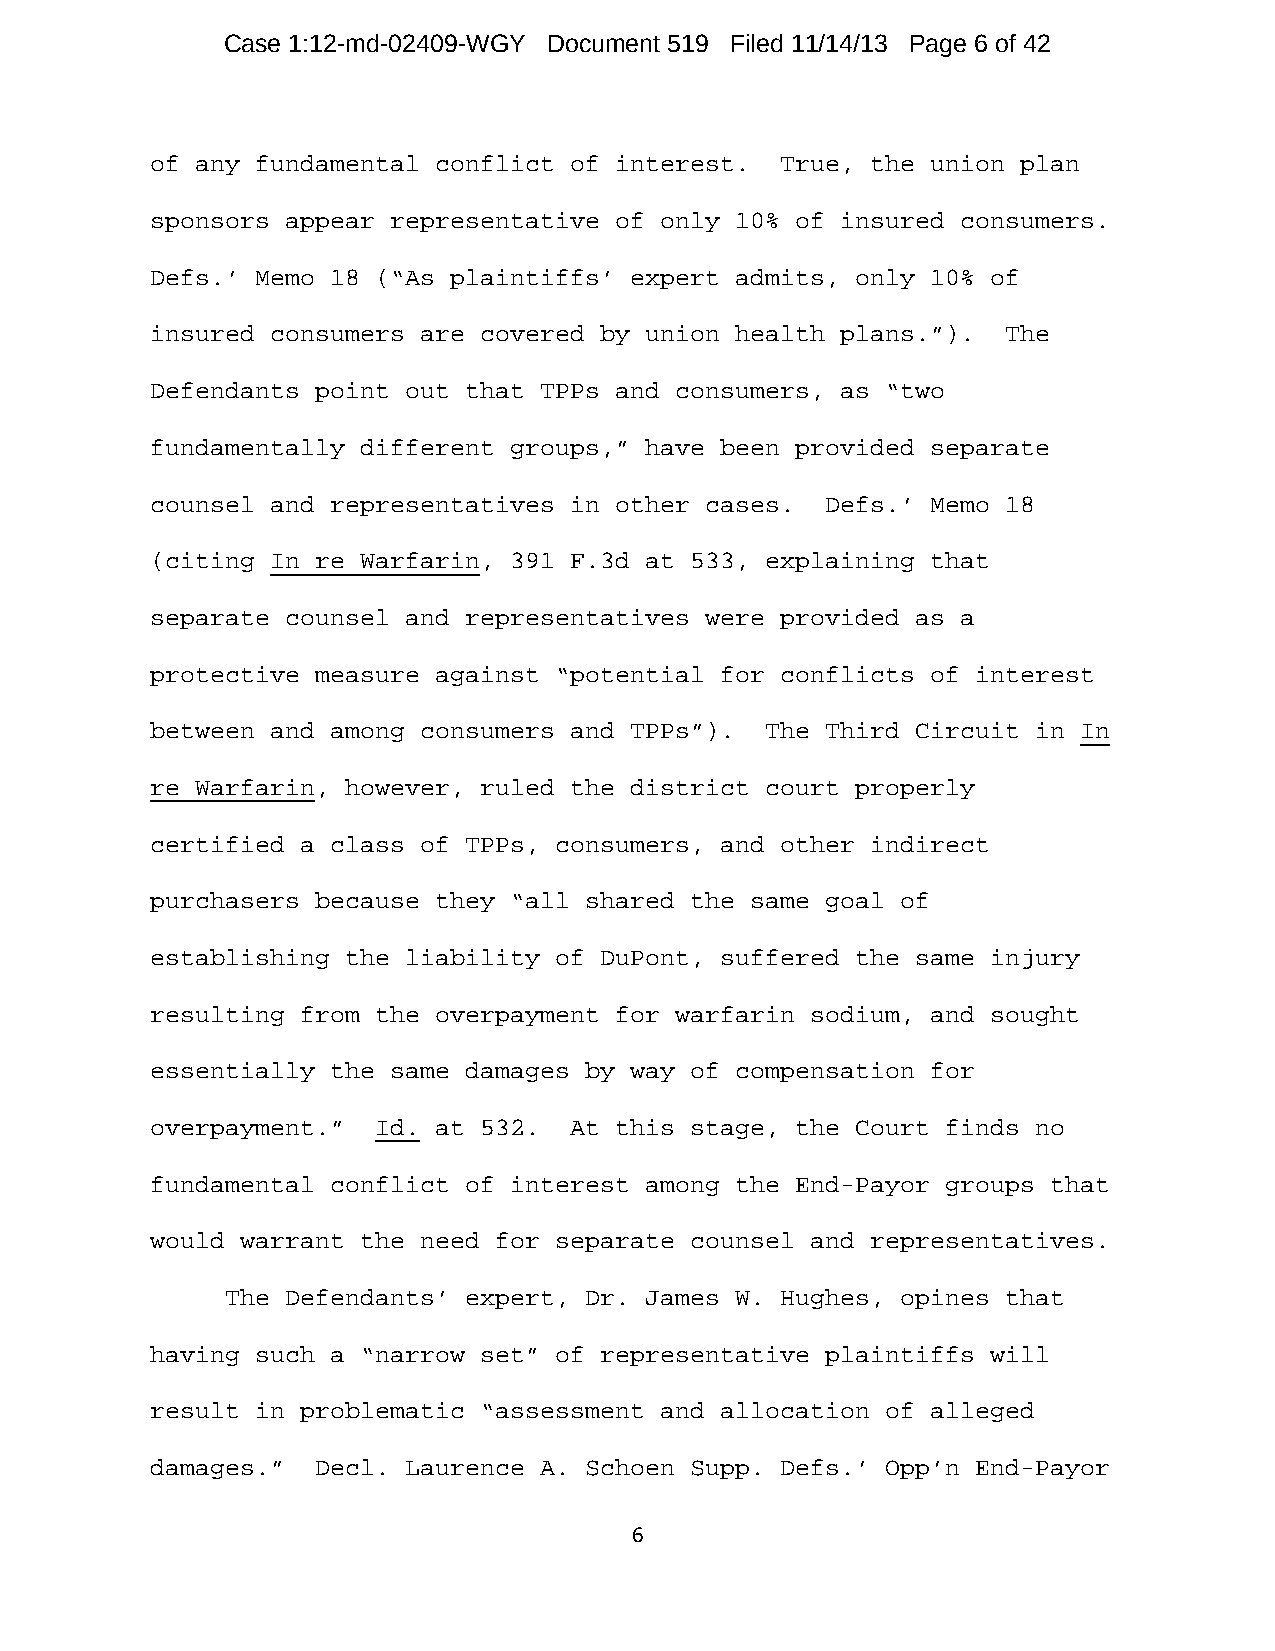
Case 1:12-md-02409-WGY Document 519 Filed 11/14/13 Page 6 of 42
 of any fundamental conflict of interest.  True, the union plan
 sponsors appear representative of only 10% of insured consumers.
 Defs.’ Memo 18 (“As plaintiffs’ expert admits, only 10% of
 insured consumers are covered by union health plans.”).  The
 Defendants point out that TPPs and consumers, as “two
 fundamentally different groups,” have been provided separate
 counsel and representatives in other cases.  Defs.’ Memo 18
 (citing In re Warfarin, 391 F.3d at 533, explaining that
 separate counsel and representatives were provided as a
 protective measure against “potential for conflicts of interest
 between and among consumers and TPPs”).  The Third Circuit in In
 re Warfarin, however, ruled the district court properly
 certified a class of TPPs, consumers, and other indirect
 purchasers because they “all shared the same goal of
 establishing the liability of DuPont, suffered the same injury
 resulting from the overpayment for warfarin sodium, and sought
 essentially the same damages by way of compensation for
 overpayment.”  Id. at 532.  At this stage, the Court finds no
 fundamental conflict of interest among the End-Payor groups that
 would warrant the need for separate counsel and representatives.
 The Defendants’ expert, Dr. James W. Hughes, opines that
 having such a “narrow set” of representative plaintiffs will
 result in problematic “assessment and allocation of alleged
 damages.”  Decl. Laurence A. Schoen Supp. Defs.’ Opp’n End-Payor
 6